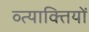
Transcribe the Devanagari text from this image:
व्त्याक्तियों